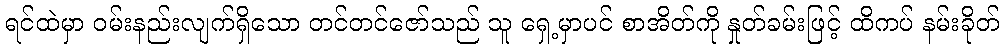
ရင်ထဲမှာ ဝမ်းနည်းလျက်ရှိသော တင်တင်ဇော်သည် သူ ရှေ့မှာပင် စာအိတ်ကို နှုတ်ခမ်းဖြင့် ထိကပ် နမ်းခိုတ်